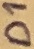
Text: D1